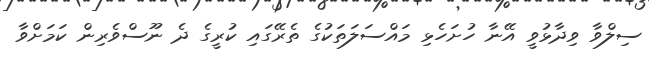
ސިލްވާ ވިދާޅުވީ އޭނާ ހުށަހެޅި މައްސަލަތަކުގެ ތެރޭގައި ކުރީގެ ދެ ނޫސްވެރިން ކަމަށްވާ